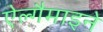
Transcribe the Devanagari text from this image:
ऐल्गैमाइने